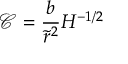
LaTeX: \mathcal { C } = \frac { b } { \tilde { r } ^ { 2 } } H ^ { - 1 / 2 }